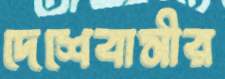
দেশেবাসীর